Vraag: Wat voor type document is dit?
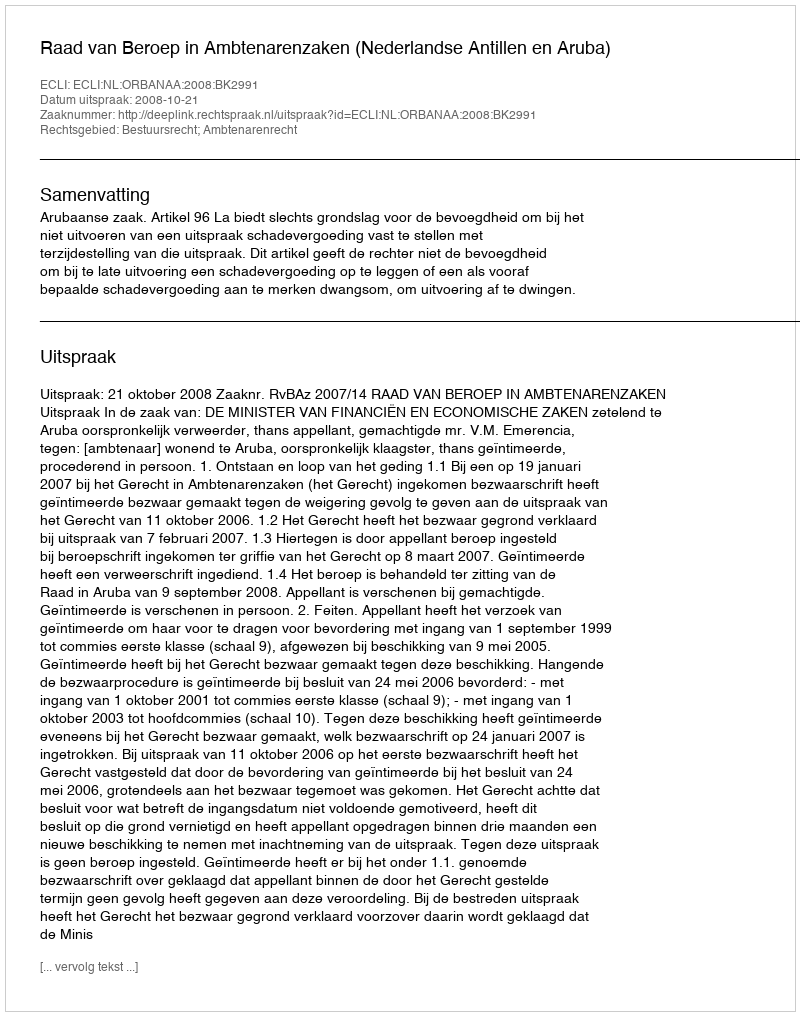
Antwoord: Uitspraak